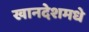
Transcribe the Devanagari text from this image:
खानदेशमधे